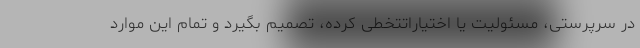
در سرپرستی، مسئولیت یا اختیاراتتخطی کرده، تصمیم بگیرد و تمام این موارد